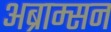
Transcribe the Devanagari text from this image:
अब्राम्सन